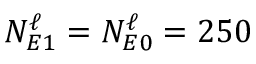
N _ { E 1 } ^ { \ell } = N _ { E 0 } ^ { \ell } = 2 5 0